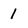
Character: 1